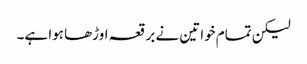
لیکن تمام خواتین نے برقعہ اوڑھا ہوا ہے۔